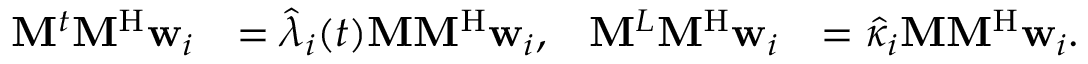
\begin{array} { r l r l } { \mathbf { M } ^ { t } \mathbf { M } ^ { \mathrm { H } } \mathbf { w } _ { i } } & { = \hat { \lambda } _ { i } ( t ) \mathbf { M } \mathbf { M } ^ { \mathrm { H } } \mathbf { w } _ { i } , } & { \mathbf { M } ^ { L } \mathbf { M } ^ { \mathrm { H } } \mathbf { w } _ { i } } & { = \hat { \kappa } _ { i } \mathbf { M } \mathbf { M } ^ { \mathrm { H } } \mathbf { w } _ { i } . } \end{array}